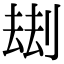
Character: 𠞗